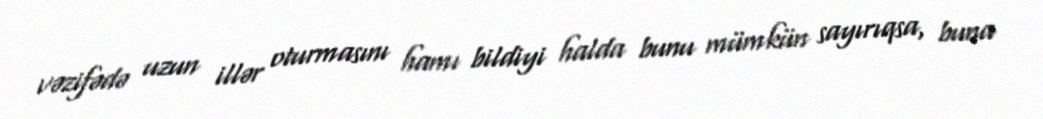
vəzifədə uzun illər oturmasını hamı bildiyi halda bunu mümkün sayırıqsa, buna